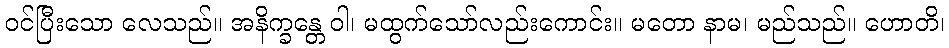
ဝင်ပြီးသော လေသည်။ အနိက္ခန္တေ ဝါ၊ မထွက်သော်လည်းကောင်း။ မတော နာမ၊ မည်သည်။ ဟောတိ၊